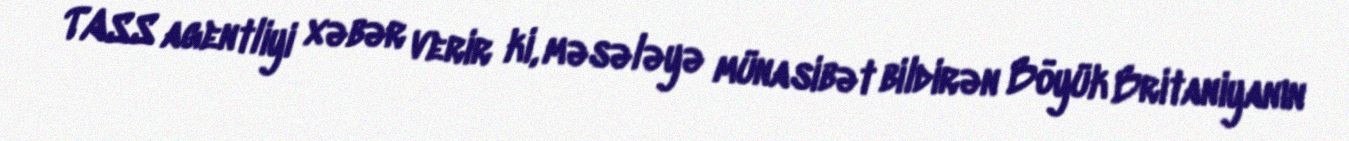
TASS agentliyi xəbər verir ki, məsələyə münasibət bildirən Böyük Britaniyanın